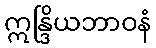
ဣန္ဒြိယဘာဝနံ